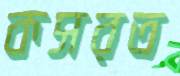
কসরত